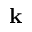
\mathbf { k }